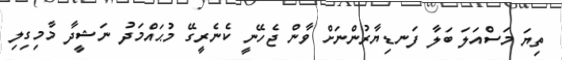
ތިޔަ މަސްއަލަ ބަލާ ފަނޑިޔާރުންނަށް ވާން ޖެހޭނީ ކެނެރީގޭ މުޙައްމަދު ނަޝީދާ މާމިގިލި